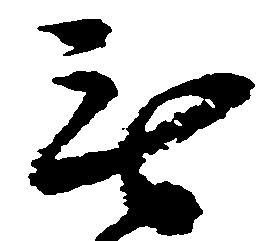
無